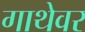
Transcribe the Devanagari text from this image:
गाथेवर